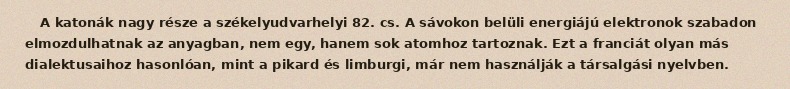
A katonák nagy része a székelyudvarhelyi 82. cs. A sávokon belüli energiájú elektronok szabadon elmozdulhatnak az anyagban, nem egy, hanem sok atomhoz tartoznak. Ezt a franciát olyan más dialektusaihoz hasonlóan, mint a pikard és limburgi, már nem használják a társalgási nyelvben.